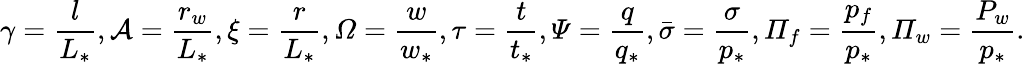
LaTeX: \gamma=\frac{l}{L_{*}},\mathcal{{A}}=\frac{r_{w}}{L_{*}},\xi=\frac{r}{L_{*}},\mathit{\Omega}=\frac{w}{w_{*}},\tau=\frac{t}{t_{*}},\mathit{\Psi}=\frac{q}{q_{*}},\bar{\sigma}=\frac{\sigma}{p_{*}},\mathit{\Pi}_{f}=\frac{p_{f}}{p_{*}},\mathit{\Pi}_{w}=\frac{P_{w}}{p_{*}}.